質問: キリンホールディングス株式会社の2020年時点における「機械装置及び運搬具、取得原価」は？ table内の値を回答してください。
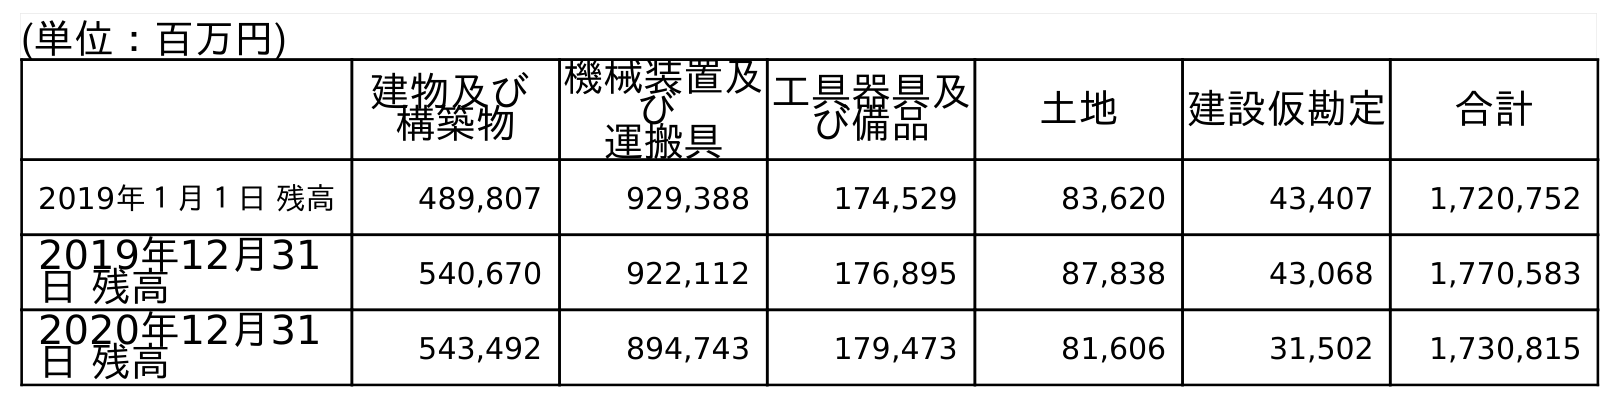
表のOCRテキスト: (単位：百万円) 建物及び 構築物 機械装置及 び 運搬具 工具器具及 び備品 土地 建設仮勘定 合計 2019年１月１日 残高 489,807 929,388 174,529 83,620 43,407 1,720,752 2019年12月31 日 残高 540,670 922,112 176,895 87,838 43,068 1,770,583 2020年12月31 日 残高 543,492 894,743 179,473 81,606 31,502 1,730,815
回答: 894,743